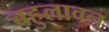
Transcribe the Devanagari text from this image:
बहुलावन